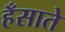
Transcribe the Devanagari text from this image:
हँसाते